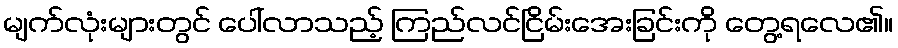
မျက်လုံးများတွင် ပေါ်လာသည့် ကြည်လင်ငြိမ်းအေးခြင်းကို တွေ့ရလေ၏။